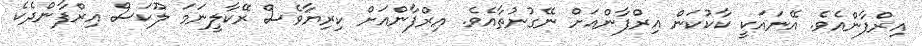
އިރްފާންއެވެ. އޭނައަކީ ކާކުކަން އިރްފާންއަށް ނޭގުނުތާއެވެ. އިރްފާންއަށް ކިރިޔާވެސް ރޭކާލީނަމަ ލޫކަސް އިރްފާންދެކެ